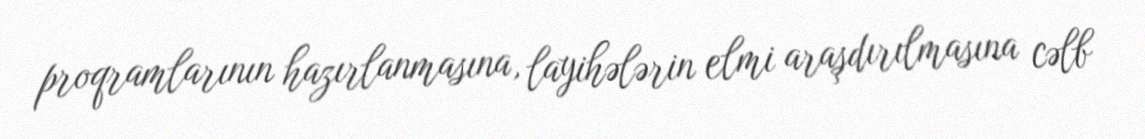
proqramlarının hazırlanmasına, layihələrin elmi araşdırılmasına cəlb